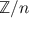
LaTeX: \mathbb { Z } / n